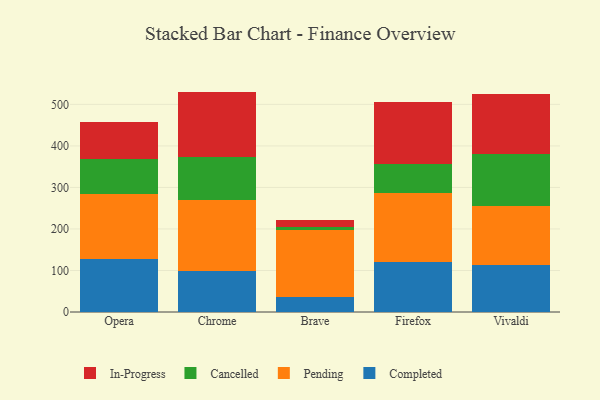
{"axis": {"x": "Browser", "y": "Temperature (°C)"}, "legend": ["Cancelled", "Completed", "In-Progress", "Pending"], "data": [{"x": "Opera", "y": 126.5, "type": "Completed"}, {"x": "Opera", "y": 157.4, "type": "Pending"}, {"x": "Opera", "y": 83.5, "type": "Cancelled"}, {"x": "Opera", "y": 91.2, "type": "In-Progress"}, {"x": "Chrome", "y": 99.3, "type": "Completed"}, {"x": "Chrome", "y": 170.3, "type": "Pending"}, {"x": "Chrome", "y": 104.7, "type": "Cancelled"}, {"x": "Chrome", "y": 156.5, "type": "In-Progress"}, {"x": "Brave", "y": 35.5, "type": "Completed"}, {"x": "Brave", "y": 161.2, "type": "Pending"}, {"x": "Brave", "y": 7.3, "type": "Cancelled"}, {"x": "Brave", "y": 17.5, "type": "In-Progress"}, {"x": "Firefox", "y": 120.4, "type": "Completed"}, {"x": "Firefox", "y": 165.2, "type": "Pending"}, {"x": "Firefox", "y": 70.0, "type": "Cancelled"}, {"x": "Firefox", "y": 149.9, "type": "In-Progress"}, {"x": "Vivaldi", "y": 113.7, "type": "Completed"}, {"x": "Vivaldi", "y": 141.0, "type": "Pending"}, {"x": "Vivaldi", "y": 125.7, "type": "Cancelled"}, {"x": "Vivaldi", "y": 144.1, "type": "In-Progress"}]}